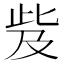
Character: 𣥨